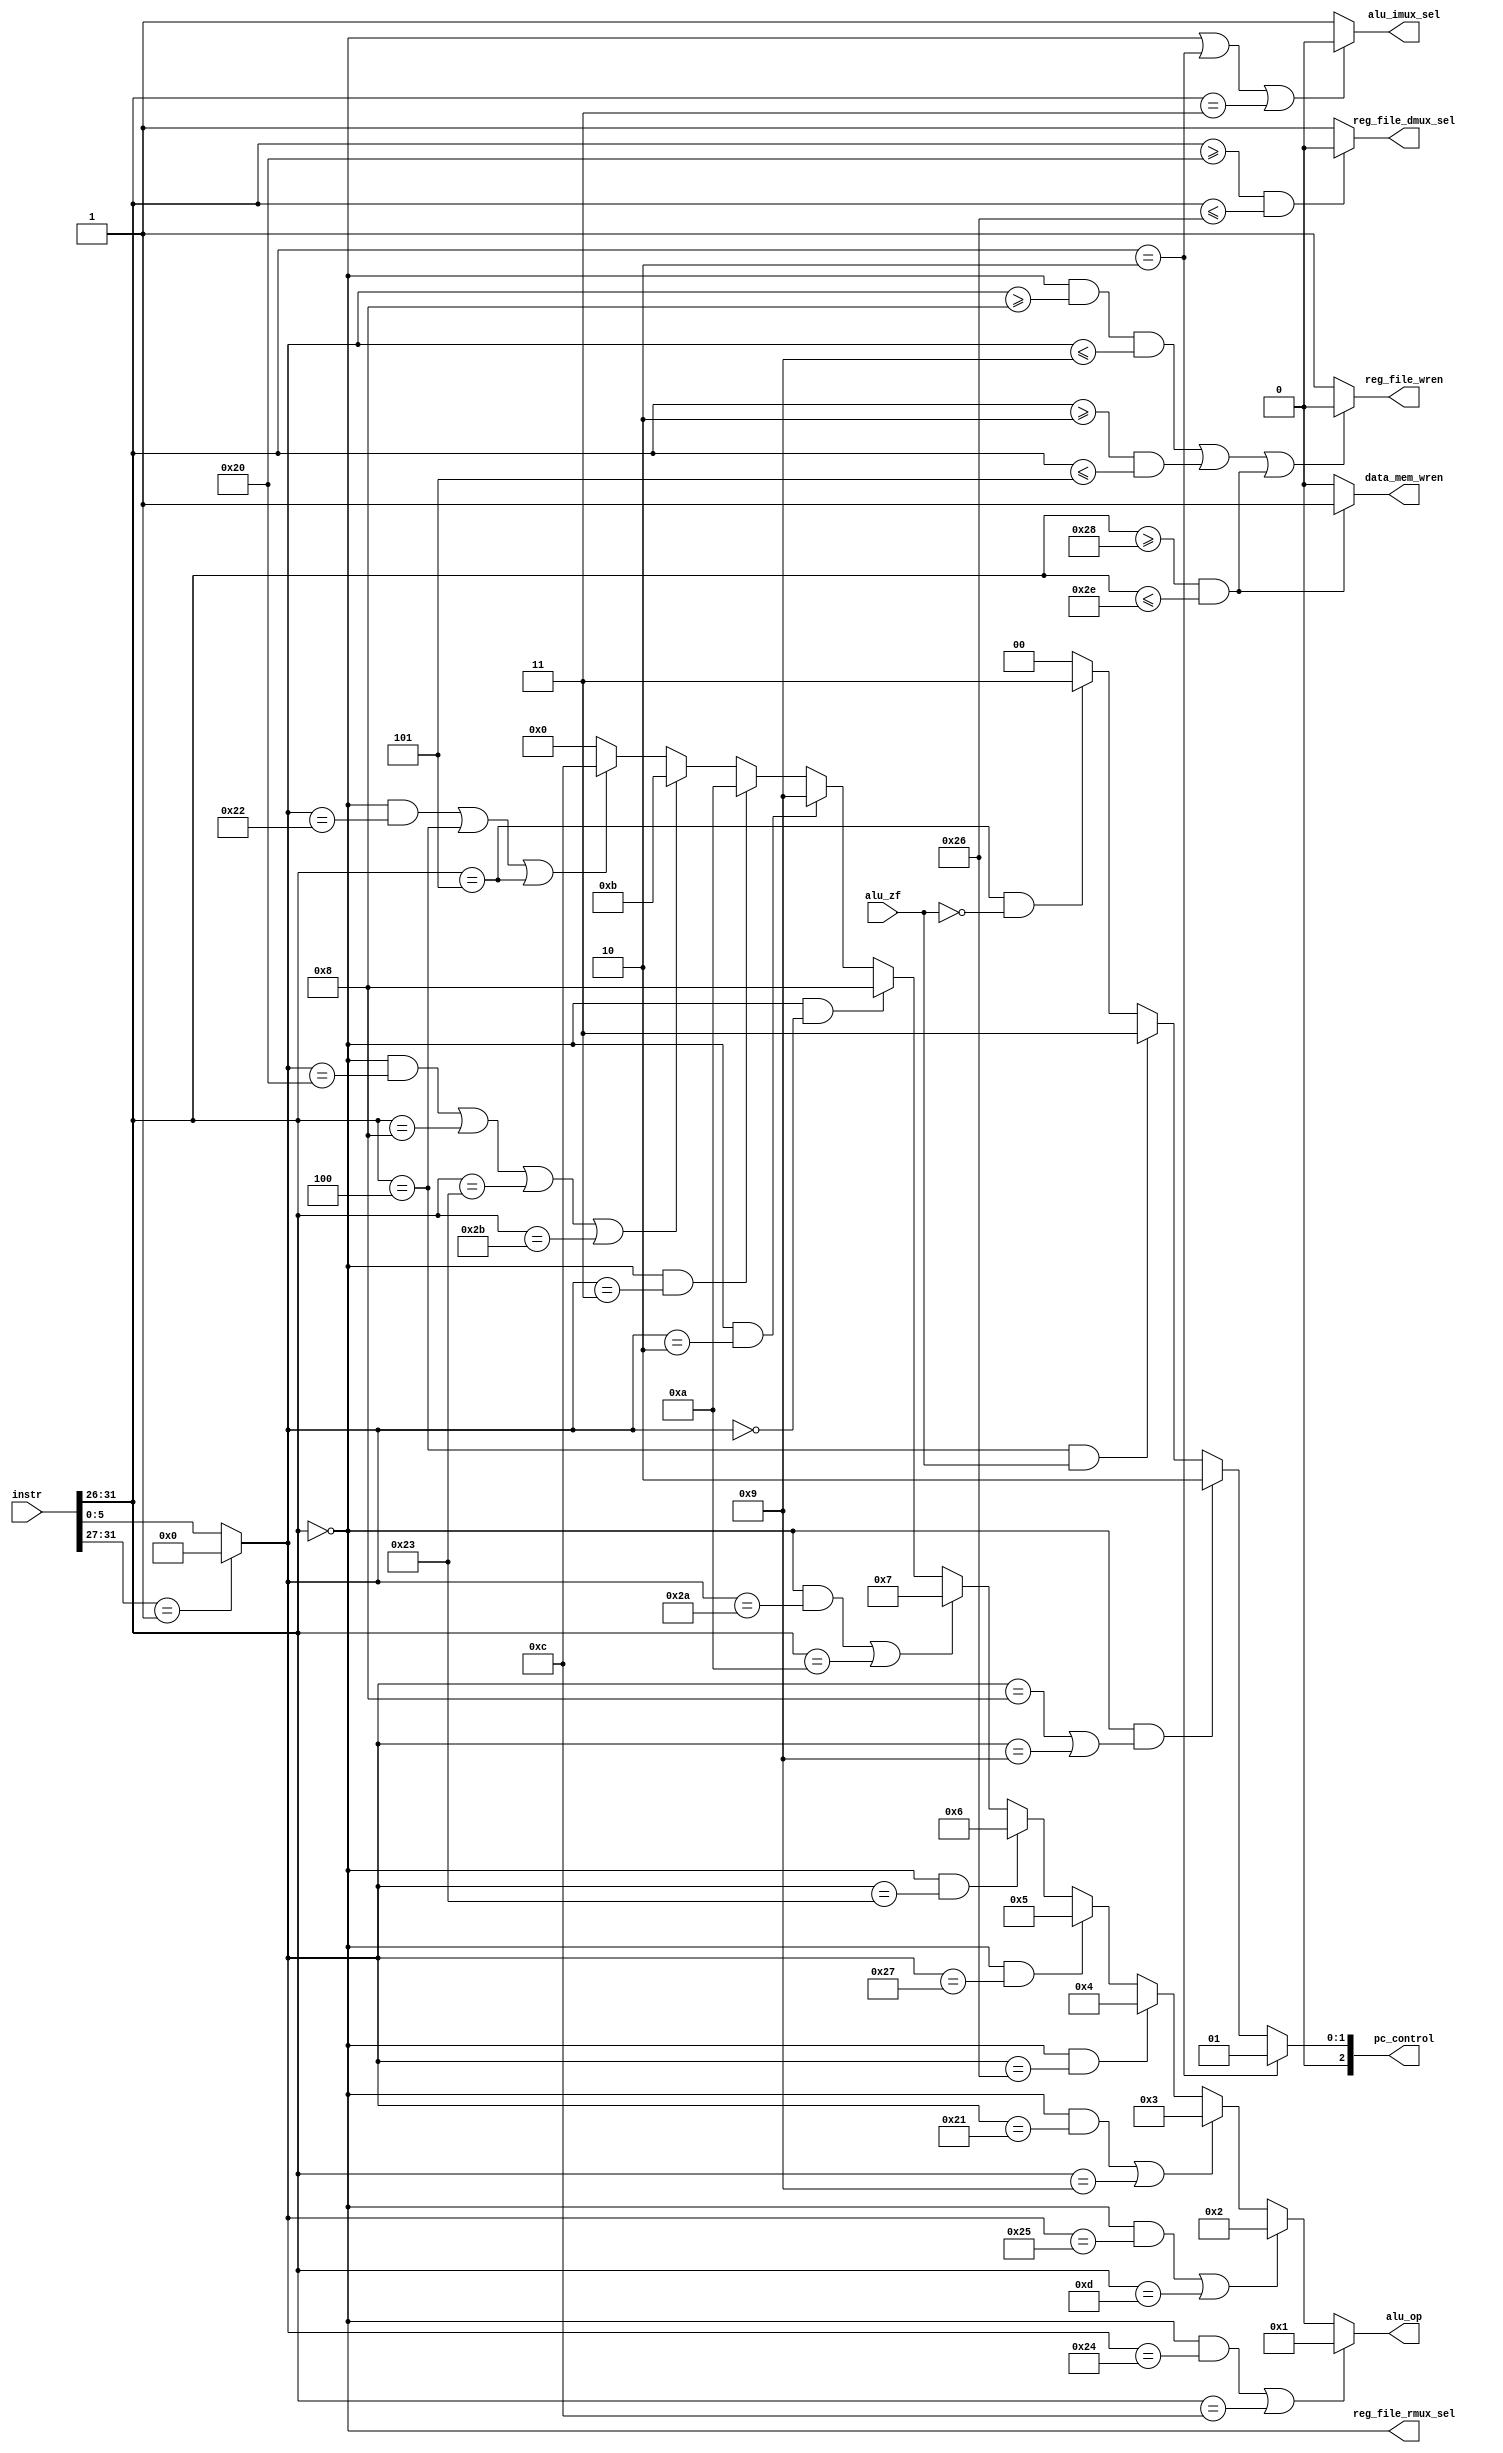
`timescale 1ns / 1ps
module decoder(
  input         [31:0]  instr,
  input                 alu_zf,
  output reg            data_mem_wren,
  output reg            reg_file_wren,
  output reg            reg_file_dmux_sel,
  output reg            reg_file_rmux_sel,
  output reg            alu_imux_sel,
  output reg    [3:0]   alu_op,
  output reg    [2:0]   pc_control
);
  
  reg   [25:0]  addr;
  reg   [5:0]   funct;
  reg   [4:0]   shamt;
  reg   [15:0]  imm;
  reg   [4:0]   rs;
  reg   [4:0]   rt;
  reg   [4:0]   rd;

  wire  [5:0]   op;
  assign op = instr[31:26];

  always @ (*) begin
	 //---------------------------------------------
    // Determine addr, imm, rs/t/d, shamt, funct
    // for different types of instruction.
	 //---------------------------------------------
    casex (op)
      // R-type
      6'b000000: begin
        addr  <= {26{1'b0}};
        imm   <= {16{1'b0}};
        rs    <= instr[25:21];
        rt    <= instr[20:16];
        rd    <= instr[15:11];
        shamt <= instr[10:6];
        funct <= instr[5:0];
      end

      // J-type (J | JAL)
      6'b00001x: begin
        addr  <= instr[25:0];
        imm   <= {16{1'b0}};
        rs    <= {5{1'b0}};
        rt    <= {5{1'b0}};
        rd    <= {5{1'b0}};
        shamt <= {5{1'b0}};
        funct <= {6{1'b0}};
      end

      // I-type
      default: begin
        addr  <= {26{1'b0}};
        imm   <= instr[15:0];
        rs    <= instr[25:21];
        rt    <= instr[20:16];
        rd    <= {5{1'b0}};
        shamt <= instr[10:6];
        funct <= instr[5:0];
      end
    endcase
	 
	 //---------------------------------------------
	 // Set signals for ALU, PC, REG and MEMs.
	 // 
	 // data_mem_wren: set to write data to memory. 
	 // only set for Sx instructions (28~2E).
	 // 
	 // reg_file_wren: set to write data to registers. 
	 // Only NOT set for J, Branch and Sx instructions.
	 // 
	 // reg_file_dmux_sel: set to let ALU load data from register.
	 // If not set, ALU will load data from memory, only for Lx instructions.
	 // 
	 // reg_file_rmux_sel: set to use rd register instead of rt register.
	 // Only set for all R-type instructions.
	 // 
	 // alu_imux_sel: set to use immediate number instead of rt register.
	 // Only set for I-type instructions.
	 //---------------------------------------------
	 data_mem_wren <= 0;
	 reg_file_wren <= 0;
	 reg_file_dmux_sel <= 0;
	 reg_file_rmux_sel <= 0;
	 alu_imux_sel <= 0;
	 alu_op <= 4'b0000;
	 pc_control <= 3'b000;

    // Set signals for unit control purpose.
    // 1 - memory write signal
    // Only valid when instr is Sx instructions (28~2E)
	 if (op >= 6'b101000 && op <= 6'b101110) begin
		data_mem_wren <= 1;
	 end else begin
		data_mem_wren <= 0;
	 end
	 
    // 2 - register wren
    // Only invalid for JR(special-08), JALR(special-09), 
    // J(02), JAL(03), BEQ(04), BNE(05) and Sx(28~2E). 
    if ((op == 6'b000000 && funct >= 6'b001000 && funct <= 6'b001001) 
      || (op >= 6'b000010 && op <= 6'b000101) || (op >= 6'b101000 && op <= 6'b101110)) begin
      reg_file_wren <= 0;
    end else begin
      reg_file_wren <= 1;
    end
	 
    // 3 - register D-mux select
    // Only invalid for Lx instrs (20-26)
    if (op >= 6'b100000 && op <= 6'b100110) begin
      reg_file_dmux_sel <= 0;
    end else begin
      reg_file_dmux_sel <= 1;
    end
	 
    // 4 - register R-mux select
    // Only valid for R-type instructions.
    reg_file_rmux_sel <= (op == 6'b000000);
	 
    // 5 - ALU I-MUX select
    // Only valid for I-type instructions.
    // J(02) and JAL(03) are special judged. 
    if (op == 6'b000000 || op == 6'b000010 || op == 6'b000011) begin
      alu_imux_sel <= 0;
    end else begin
      alu_imux_sel <= 1;
    end
	 
	 //---------------------------------------------
    // Set ALU op-code according to instructions
	 //---------------------------------------------
    if ((op == 6'b000000 && funct == 6'b100100) || op == 6'b001100) begin
      // AND(0-24) | ANDI(0C)
      alu_op <= 4'b0001;
    end else if ((op == 6'b000000 && funct == 6'b100101) || op == 6'b001101) begin
      // OR(0-25) | ORI(0D)
      alu_op <= 4'b0010;
    end else if ((op == 6'b000000 && funct == 6'b100001) || op == 6'b001001) begin
      // ADDU(0-21) | ADDIU(09)
      alu_op <= 4'b0011;
    end else if (op == 6'b000000 && funct == 6'b100110) begin
      // XOR(0-26)
      alu_op <= 4'b0100;
    end else if (op == 6'b000000 && funct == 6'b100111) begin
      // NOR(0-27)
      alu_op <= 4'b0101;
    end else if (op == 6'b000000 && funct == 6'b100011) begin
      // SUBU(0-23)
      alu_op <= 4'b0110;
    end else if ((op == 6'b000000 && funct == 6'b101010) || op == 6'b001010) begin
      // SLT(0-2A) | SLTI(0A)
      alu_op <= 4'b0111;
    end else if (op == 6'b000000 && funct == 6'b000000) begin
      // SLL(0-00)
      alu_op <= 4'b1000;
    end else if (op == 6'b000000 && funct == 6'b000010) begin
      // SRL(0-02)
      alu_op <= 4'b1001;
    end else if (op == 6'b000000 && funct == 6'b000011) begin
      // SRA(0-03)
      alu_op <= 4'b1010;
    end else if ((op == 6'b000000 && funct == 6'b100000) || op == 6'b001000
      || op == 6'b100011 || op == 6'b101011) begin
      // ADD(0-20) | ADDI(08) | LW(23) | SW(2B)
      alu_op <= 4'b1011;
    end else if ((op == 6'b000000 && funct == 6'b100010) || op == 6'b000100 || op == 6'b000101) begin
      // SUB(0-22) | BEQ(04) | BNE(05)
      alu_op <= 4'b1100;
    end else begin
      alu_op <= 4'b0000;
    end
	 
	 //---------------------------------------------
    // Set PC control code according to instructions and ALU result
	 //---------------------------------------------
    #0.5 // avoid race condition
    if (op == 6'b000010 || op == 6'b000010) begin
      // J(02) | JAL(03)
      pc_control <= 3'b001;
    end else if (op == 6'b000000 && (funct == 6'b001000 || funct == 6'b001001)) begin
      // JR(0-08) | JALR(0-09)
      pc_control <= 3'b010;
    end else if (op == 6'b000100 && alu_zf == 1) begin
      // BEQ(04) Branching if equal
      pc_control <= 3'b011;
    end else if (op == 6'b000101 && alu_zf == 0) begin
      // BNE(05) Branching if not equal
      pc_control <= 3'b011;
    end else begin
      pc_control <= 3'b000;
    end

  end

endmodule